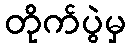
တိုက်ပွဲမှ